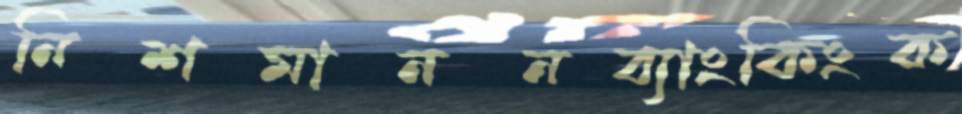
নিশমাননব্যাংকিংক